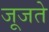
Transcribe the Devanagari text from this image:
जूजते